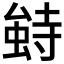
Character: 𰍥